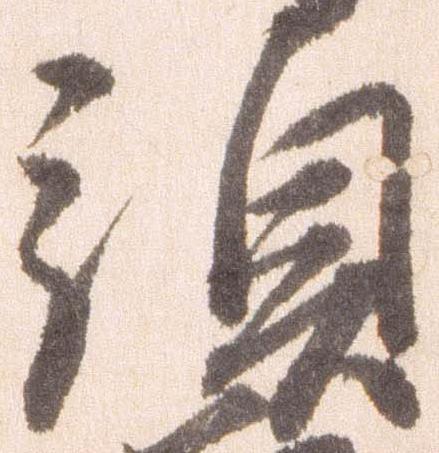
預